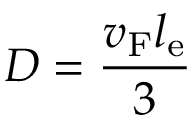
D = \frac { v _ { \mathrm { F } } l _ { \mathrm { e } } } { 3 }